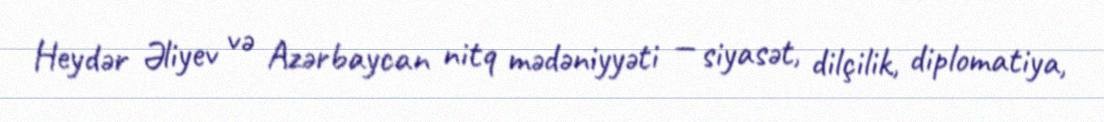
Heydər Əliyev və Azərbaycan nitq mədəniyyəti — siyasət, dilçilik, diplomatiya,